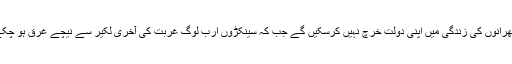
رپورٹ میں تفصیل کے ساتھ بتایا گیا ہے کہ امیر ترین لوگ اپنی اور اپنے گھرانوں کی زندگی میں اپنی دولت خرچ نہیں کرسکیں گے جب کہ سینکڑوں ارب لوگ غربت کی آخری لکیر سے نیچے غرق ہو چکے ہیں اور صحت اور تعلیم کی سہولتوں تک رسائی کا سوچ بھی نہیں سکتے۔